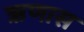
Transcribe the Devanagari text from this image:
ऋणास